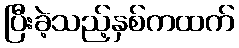
ပြီးခဲ့သည့်နှစ်ကထက်